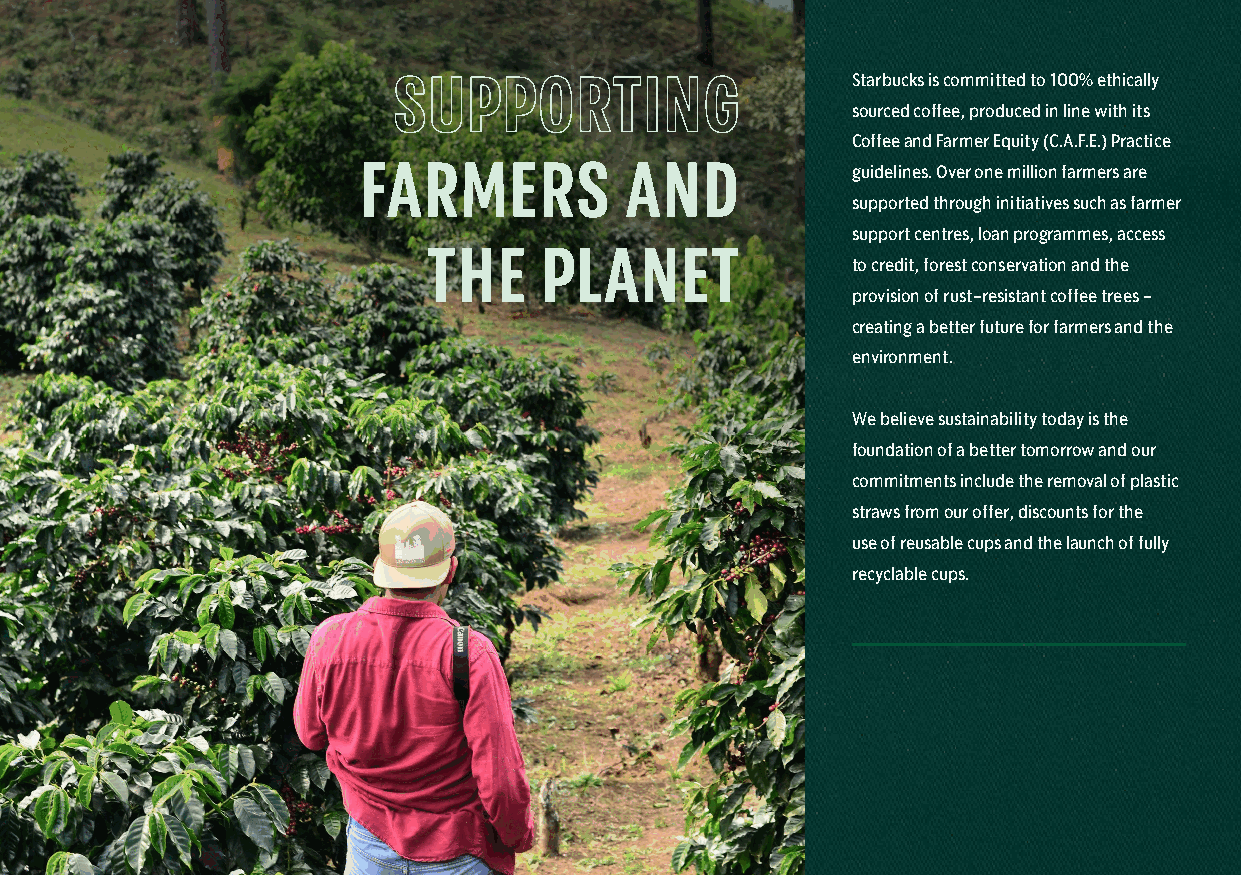
Elevate Your
 SUPPORTING                    Starbucks is committed to 100% ethically
 sourced coffee, produced in line with its
 Beverage Offer                                          Coffee and Farmer Equity (C.A.F.E.) Practice
 FARMERS          AND            guidelines. Over one million farmers are
 supported through initiatives such as farmer
 support centres, loan programmes, access
 THE     PLANET
 to credit, forest conservation and the
 provision of rust-resistant coffee trees -
 creating a better future for farmers and the
 environment.
 We believe sustainability today is the
 foundation of a better tomorrow and our
 commitments include the removal of plastic
 straws from our offer, discounts for the
 use of reusable cups and the launch of fully
 recyclable cups.